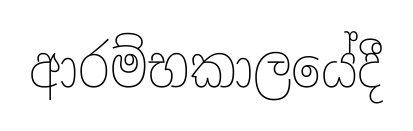
ආරම්භකාලයේදී